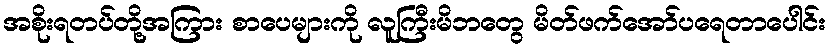
အစိုးရတပ်တို့အကြား စာပေများကို လူကြီးမိဘတွေ မိတ်ဖက်အော်ပရေတာပေါင်း